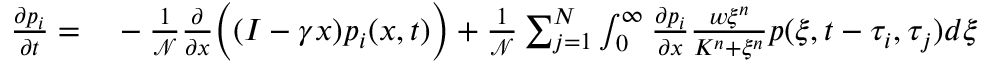
\begin{array} { r l } { \frac { \partial p _ { i } } { \partial t } = } & { { } - \frac { 1 } { \mathcal { N } } \frac { \partial } { \partial x } \Big ( ( I - \gamma x ) p _ { i } ( x , t ) \Big ) + \frac { 1 } { \mathcal { N } } \sum _ { j = 1 } ^ { N } \int _ { 0 } ^ { \infty } \frac { \partial p _ { i } } { \partial x } \frac { w \xi ^ { n } } { K ^ { n } + \xi ^ { n } } p ( \xi , t - \tau _ { i } , \tau _ { j } ) d \xi } \end{array}